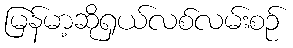
မြန်မာ့ဆိုရှယ်လစ်လမ်းစဉ်